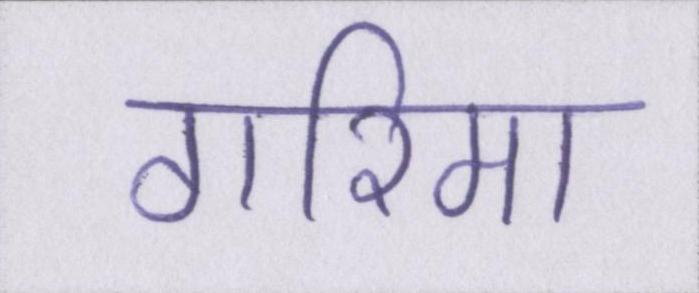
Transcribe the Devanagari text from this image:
गरिमा